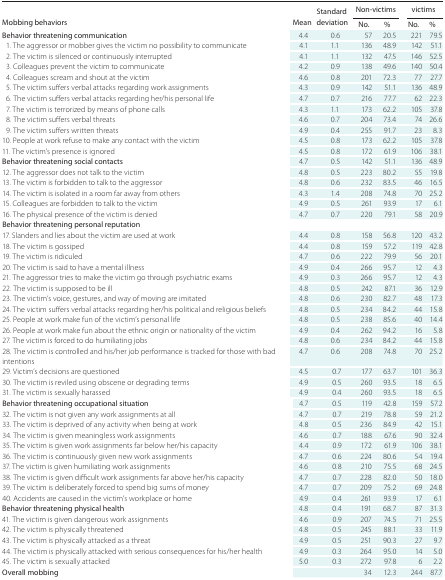
<table><thead><tr><td rowspan="2"><b>Mobbing behaviors</b></td><td rowspan="2"><b>Mean</b></td><td rowspan="2"><b>Standard deviation</b></td><td colspan="3"><b>Non-victims</b></td><td colspan="3"><b>victims</b></td></tr><tr><td colspan="2"><b>No.</b></td><td colspan="2"><b>%</b></td><td><b>No.</b></td><td><b>%</b></td></tr></thead><tbody><tr><td><b>Behavior threatening communication</b></td><td>4.4</td><td>0.6</td><td colspan="2">57</td><td colspan="2">20.5</td><td>221</td><td>79.5</td></tr><tr><td>1. The aggressor or mobber gives the victim no possibility to communicate</td><td>4.1</td><td>1.1</td><td colspan="2">136</td><td colspan="2">48.9</td><td>142</td><td>51.1</td></tr><tr><td>2. The victim is silenced or continuously interrupted</td><td>4.1</td><td>1.1</td><td colspan="2">132</td><td colspan="2">47.5</td><td>146</td><td>52.5</td></tr><tr><td>3. Colleagues prevent the victim to communicate</td><td>4.2</td><td>0.9</td><td colspan="2">138</td><td colspan="2">49.6</td><td>140</td><td>50.4</td></tr><tr><td>4. Colleagues scream and shout at the victim</td><td>4.6</td><td>0.8</td><td colspan="2">201</td><td colspan="2">72.3</td><td>77</td><td>27.7</td></tr><tr><td>5. The victim suffers verbal attacks regarding work assignments</td><td>4.3</td><td>0.9</td><td colspan="2">142</td><td colspan="2">51.1</td><td>136</td><td>48.9</td></tr><tr><td>6. The victim suffers verbal attacks regarding her/his personal life</td><td>4.7</td><td>0.7</td><td colspan="2">216</td><td colspan="2">77.7</td><td>62</td><td>22.3</td></tr><tr><td>7. The victim is terrorized by means of phone calls</td><td>4.3</td><td>1.1</td><td colspan="2">173</td><td colspan="2">62.2</td><td>105</td><td>37.8</td></tr><tr><td>8. The victim suffers verbal threats</td><td>4.6</td><td>0.7</td><td colspan="2">204</td><td colspan="2">73.4</td><td>74</td><td>26.6</td></tr><tr><td>9. The victim suffers written threats</td><td>4.9</td><td>0.4</td><td colspan="2">255</td><td colspan="2">91.7</td><td>23</td><td>8.3</td></tr><tr><td>10. People at work refuse to make any contact with the victim</td><td>4.5</td><td>0.8</td><td colspan="2">173</td><td colspan="2">62.2</td><td>105</td><td>37.8</td></tr><tr><td>11. The victim&#x27;s presence is ignored</td><td>4.5</td><td>0.8</td><td colspan="2">172</td><td colspan="2">61.9</td><td>106</td><td>38.1</td></tr><tr><td><b>Behavior threatening social contacts</b></td><td>4.7</td><td>0.5</td><td colspan="2">142</td><td colspan="2">51.1</td><td>136</td><td>48.9</td></tr><tr><td>12. The aggressor does not talk to the victim</td><td>4.8</td><td>0.5</td><td colspan="2">223</td><td colspan="2">80.2</td><td>55</td><td>19.8</td></tr><tr><td>13. The victim is forbidden to talk to the aggressor</td><td>4.8</td><td>0.6</td><td colspan="2">232</td><td colspan="2">83.5</td><td>46</td><td>16.5</td></tr><tr><td>14. The victim is isolated in a room far away from others</td><td>4.3</td><td>1.4</td><td colspan="2">208</td><td colspan="2">74.8</td><td>70</td><td>25.2</td></tr><tr><td>15. Colleagues are forbidden to talk to the victim</td><td>4.9</td><td>0.5</td><td colspan="2">261</td><td colspan="2">93.9</td><td>17</td><td>6.1</td></tr><tr><td>16. The physical presence of the victim is denied</td><td>4.7</td><td>0.7</td><td colspan="2">220</td><td colspan="2">79.1</td><td>58</td><td>20.9</td></tr><tr><td><b>Behavior threatening personal reputation</b></td><td></td><td></td><td colspan="2"></td><td colspan="2"></td><td></td><td></td></tr><tr><td>17. Slanders and lies about the victim are used at work</td><td>4.4</td><td>0.8</td><td colspan="2">158</td><td colspan="2">56.8</td><td>120</td><td>43.2</td></tr><tr><td>18. The victim is gossiped</td><td>4.4</td><td>0.8</td><td colspan="2">159</td><td colspan="2">57.2</td><td>119</td><td>42.8</td></tr><tr><td>19. The victim is ridiculed</td><td>4.7</td><td>0.6</td><td colspan="2">222</td><td colspan="2">79.9</td><td>56</td><td>20.1</td></tr><tr><td>20. The victim is said to have a mental illness</td><td>4.9</td><td>0.4</td><td colspan="2">266</td><td colspan="2">95.7</td><td>12</td><td>4.3</td></tr><tr><td>21. The aggressor tries to make the victim go through psychiatric exams</td><td>4.9</td><td>0.3</td><td colspan="2">266</td><td colspan="2">95.7</td><td>12</td><td>4.3</td></tr><tr><td>22. The victim is supposed to be ill</td><td>4.8</td><td>0.5</td><td colspan="2">242</td><td colspan="2">87.1</td><td>36</td><td>12.9</td></tr><tr><td>23. The victim&#x27;s voice, gestures, and way of moving are imitated</td><td>4.8</td><td>0.6</td><td colspan="2">230</td><td colspan="2">82.7</td><td>48</td><td>17.3</td></tr><tr><td>24. The victim suffers verbal attacks regarding her/his political and religious beliefs</td><td>4.8</td><td>0.5</td><td colspan="2">234</td><td colspan="2">84.2</td><td>44</td><td>15.8</td></tr><tr><td>25. People at work make fun of the victim&#x27;s personal life</td><td>4.8</td><td>0.5</td><td colspan="2">238</td><td colspan="2">85.6</td><td>40</td><td>14.4</td></tr><tr><td>26. People at work make fun about the ethnic origin or nationality of the victim</td><td>4.9</td><td>0.4</td><td colspan="2">262</td><td colspan="2">94.2</td><td>16</td><td>5.8</td></tr><tr><td>27. The victim is forced to do humiliating jobs</td><td>4.8</td><td>0.6</td><td colspan="2">234</td><td colspan="2">84.2</td><td>44</td><td>15.8</td></tr><tr><td>28. The victim is controlled and his/her job performance is tracked for those with bad intentions</td><td>4.7</td><td>0.6</td><td colspan="2">208</td><td colspan="2">74.8</td><td>70</td><td>25.2</td></tr><tr><td>29. Victim&#x27;s decisions are questioned</td><td>4.5</td><td>0.7</td><td colspan="2">177</td><td colspan="2">63.7</td><td>101</td><td>36.3</td></tr><tr><td>30. The victim is reviled using obscene or degrading terms</td><td>4.9</td><td>0.5</td><td colspan="2">260</td><td colspan="2">93.5</td><td>18</td><td>6.5</td></tr><tr><td>31. The victim is sexually harassed</td><td>4.9</td><td>0.4</td><td colspan="2">260</td><td colspan="2">93.5</td><td>18</td><td>6.5</td></tr><tr><td><b>Behavior threatening occupational situation</b></td><td>4.7</td><td colspan="2">0.5</td><td>119</td><td>42.8</td><td colspan="2">159</td><td>57.2</td></tr><tr><td>32. The victim is not given any work assignments at all</td><td>4.7</td><td colspan="2">0.7</td><td>219</td><td>78.8</td><td colspan="2">59</td><td>21.2</td></tr><tr><td>33. The victim is deprived of any activity when being at work</td><td>4.8</td><td colspan="2">0.5</td><td>236</td><td>84.9</td><td colspan="2">42</td><td>15.1</td></tr><tr><td>34. The victim is given meaningless work assignments</td><td>4.6</td><td colspan="2">0.7</td><td>188</td><td>67.6</td><td colspan="2">90</td><td>32.4</td></tr><tr><td>35. The victim is given work assignments far below her/his capacity</td><td>4.4</td><td colspan="2">0.9</td><td>172</td><td>61.9</td><td colspan="2">106</td><td>38.1</td></tr><tr><td>36. The victim is continuously given new work assignments</td><td>4.7</td><td colspan="2">0.6</td><td>224</td><td>80.6</td><td colspan="2">54</td><td>19.4</td></tr><tr><td>37. The victim is given humiliating work assignments</td><td>4.6</td><td colspan="2">0.8</td><td>210</td><td>75.5</td><td colspan="2">68</td><td>24.5</td></tr><tr><td>38. The victim is given difficult work assignments far above her/his capacity</td><td>4.7</td><td colspan="2">0.7</td><td>228</td><td>82.0</td><td colspan="2">50</td><td>18.0</td></tr><tr><td>39. The victim is deliberately forced to spend big sums of money</td><td>4.7</td><td colspan="2">0.7</td><td>209</td><td>75.2</td><td colspan="2">69</td><td>24.8</td></tr><tr><td>40. Accidents are caused in the victim&#x27;s workplace or home</td><td>4.9</td><td colspan="2">0.4</td><td>261</td><td>93.9</td><td colspan="2">17</td><td>6.1</td></tr><tr><td><b>Behavior threatening physical health</b></td><td>4.8</td><td colspan="2">0.4</td><td>191</td><td>68.7</td><td colspan="2">87</td><td>31.3</td></tr><tr><td>41. The victim is given dangerous work assignments</td><td>4.6</td><td colspan="2">0.9</td><td>207</td><td>74.5</td><td colspan="2">71</td><td>25.5</td></tr><tr><td>42. The victim is physically threatened</td><td>4.8</td><td colspan="2">0.5</td><td>245</td><td>88.1</td><td colspan="2">33</td><td>11.9</td></tr><tr><td>43. The victim is physically attacked as a threat</td><td>4.9</td><td colspan="2">0.5</td><td>251</td><td>90.3</td><td colspan="2">27</td><td>9.7</td></tr><tr><td>44. The victim is physically attacked with serious consequences for his/her health</td><td>4.9</td><td colspan="2">0.3</td><td>264</td><td>95.0</td><td colspan="2">14</td><td>5.0</td></tr><tr><td>45. The victim is sexually attacked</td><td>5.0</td><td colspan="2">0.3</td><td>272</td><td>97.8</td><td colspan="2">6</td><td>2.2</td></tr><tr><td><b>Overall mobbing</b></td><td></td><td colspan="2"></td><td>34</td><td>12.3</td><td colspan="2">244</td><td>87.7</td></tr></tbody></table>